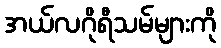
အယ်လဂိုရီသမ်များကို